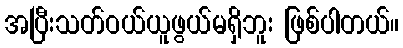
အပြီးသတ်ဝယ်ယူဖွယ်မရှိဘူး ဖြစ်ပါတယ်။